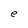
Character: e